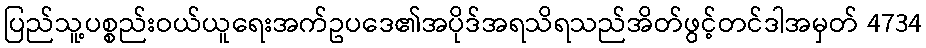
ပြည်သူ့ပစ္စည်းဝယ်ယူရေးအက်ဥပဒေ၏အပိုဒ်အရသိရသည်အိတ်ဖွင့်တင်ဒါအမှတ် 4734